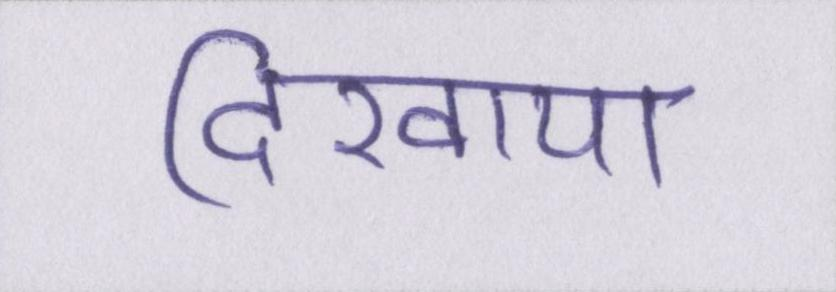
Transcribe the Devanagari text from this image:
दिखाया